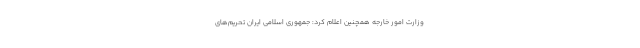
وزارت امور خارجه همچنین اعلام کرد: جمهوری اسلامی ایران تحریم‌های